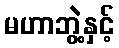
မဟာဘွဲ့နှင့်